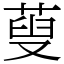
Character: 蓃